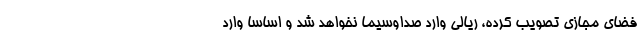
فضای مجازی تصویب کرده، ریالی وارد صداوسیما نخواهد شد و اساسا وارد